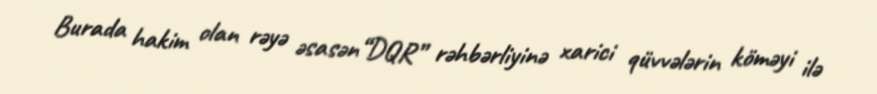
Burada hakim olan rəyə əsasən“DQR” rəhbərliyinə xarici qüvvələrin köməyi ilə